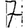
Digit: 7